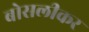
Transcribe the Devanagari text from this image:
बोसलीकर